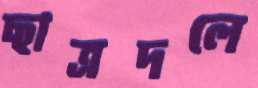
ছাত্রদলে